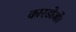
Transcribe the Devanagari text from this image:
कारडोज़ों।